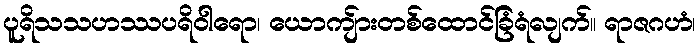
ပူရိသသဟဿပရိဝါရော၊ ယောကျ်ားတစ်ထောင်ခြံရံလျက်။ ရာဇဂဟံ၊